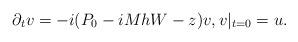
LaTeX: \begin{align*} \partial_t v= -i(P_0-iMhW-z)v,v|_{t=0}=u.\end{align*}